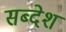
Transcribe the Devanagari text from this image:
सब्देश